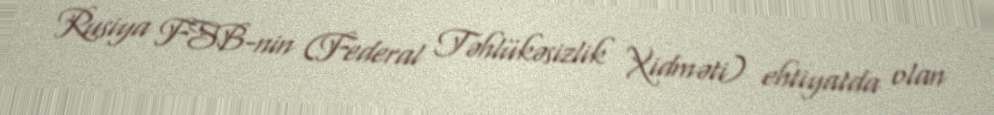
Rusiya FSB-nin (Federal Təhlükəsizlik Xidməti) ehtiyatda olan